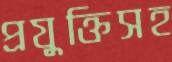
প্রযুক্তিসহ